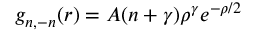
g _ { n , - n } ( r ) = A ( n + \gamma ) \rho ^ { \gamma } e ^ { - \rho / 2 }